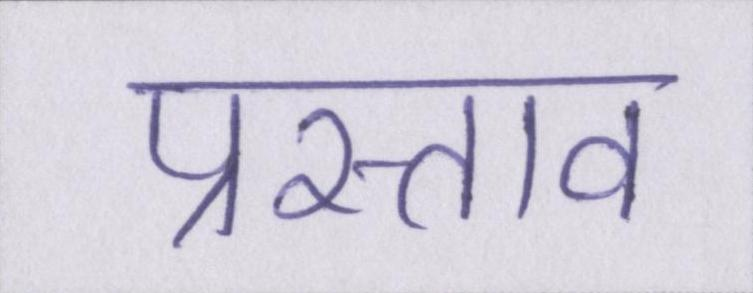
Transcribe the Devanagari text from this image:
प्रस्ताव